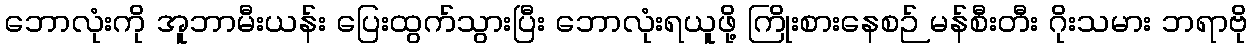
ဘောလုံးကို အူဘာမီးယန်း ပြေးထွက်သွားပြီး ဘောလုံးရယူဖို့ ကြိုးစားနေစဉ် မန်စီးတီး ဂိုးသမား ဘရာဗို